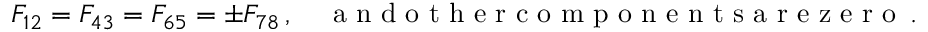
F _ { 1 2 } = F _ { 4 3 } = F _ { 6 5 } = \pm F _ { 7 8 } \, , \quad \textrm { a n d o t h e r c o m p o n e n t s a r e z e r o } \, .